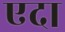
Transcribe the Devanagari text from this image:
एदा